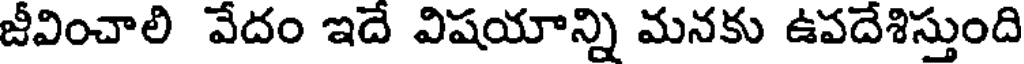
జీవించాలి వేదం ఇదే విషయాన్ని మనకు ఉపదేశిస్తుంది